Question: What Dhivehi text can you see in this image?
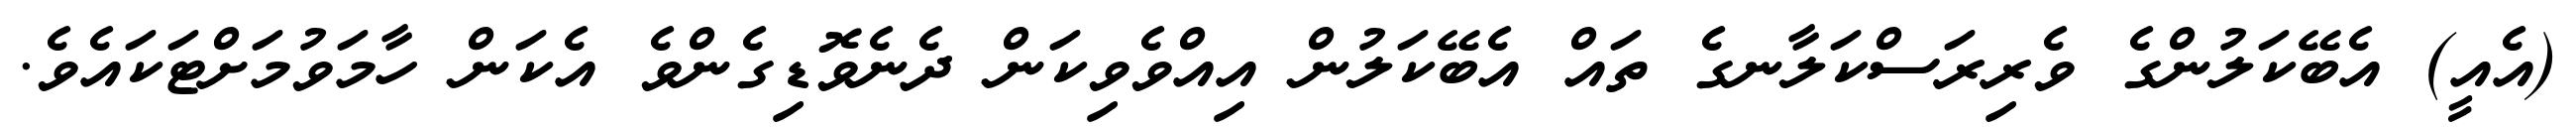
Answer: (އެއީ) އެބޭކަލުންގެ ވެރިރަސްކަލާނގެ ތައް އެބޭކަލުން އިއްވެވިކަން ދެނެވޮޑިގެންވެ އެކަން ހާމަވުމަށްޓަކައެވެ.